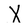
Character: X